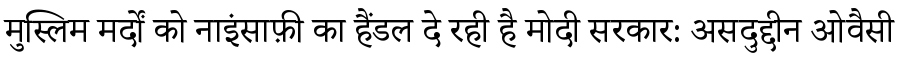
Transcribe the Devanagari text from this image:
मुस्लिम मर्दों को नाइंसाफ़ी का हैंडल दे रही है मोदी सरकार: असदुद्दीन ओवैसी